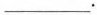
___.